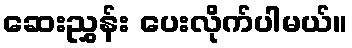
ဆေးညွှန်း ပေးလိုက်ပါမယ်။